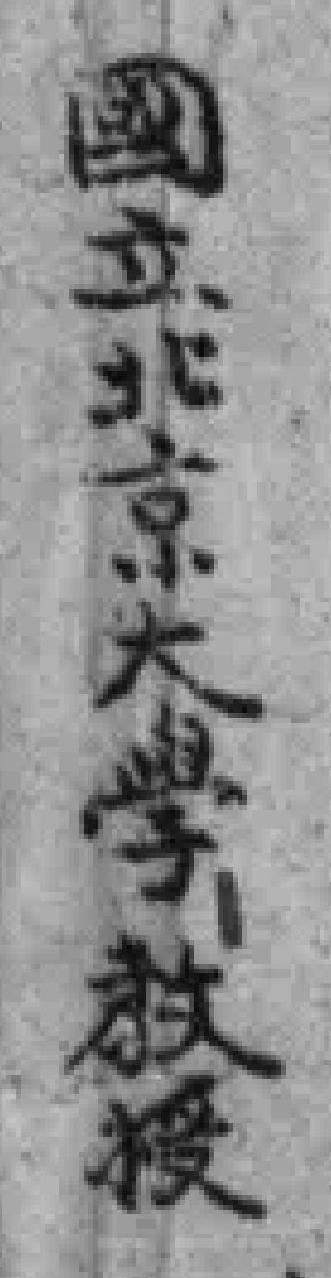
國立北京大学教授